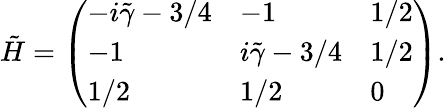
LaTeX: \tilde{H}=\left(\begin{array}{lll}{-i\tilde{\gamma}-3/4}&{-1}&{1/2}\\ {-1}&{i\tilde{\gamma}-3/4}&{1/2}\\ {1/2}&{1/2}&{0}\end{array}\right).